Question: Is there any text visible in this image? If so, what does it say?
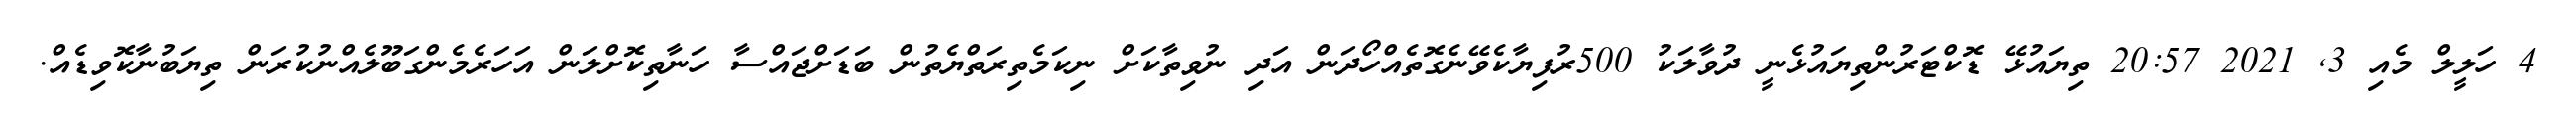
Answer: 4 ހަލީލް މެއި 3, 2021 20:57 ތިޔައުޅޭ ޑޮކްޓަރުންތިޔައުޅެނީ ދުވާލަކު 500ރުފިޔާކެވޭނެގޮތެއްހޯދަން އަދި ނުވިތާކަށް ނިކަމެތިރަތްޔެތުން ބަޑަށްޖައްސާ ހަނާތިކޮށްލަން އަހަރެމެންގަބޫލެއްނުކުރަން ތިޔަބުނާކޮވިޑެއް.